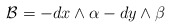
\begin{align*} \mathcal{B} = -dx \wedge \alpha - dy \wedge \beta\end{align*}